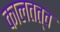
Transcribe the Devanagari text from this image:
कालतत्व